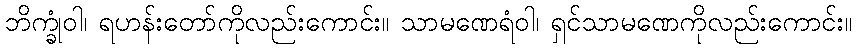
ဘိက္ခုံဝါ၊ ရဟန်းတော်ကိုလည်းကောင်း။ သာမဏေရံဝါ၊ ရှင်သာမဏေကိုလည်းကောင်း။